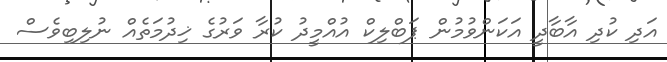
އަދި ކުދި އާބާދީ އަކަންވުމުން ޕަބްލިކް އުއްމީދު ކުރާ ވަރުގެ ޚިދުމަތެއް ނުލިބިވެސް